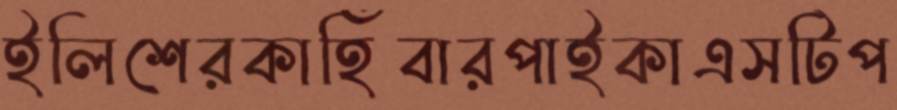
ইলিশেরকাহিঁবারপাইকাএসটিপ